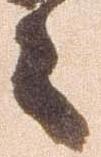
々